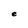
Character: e